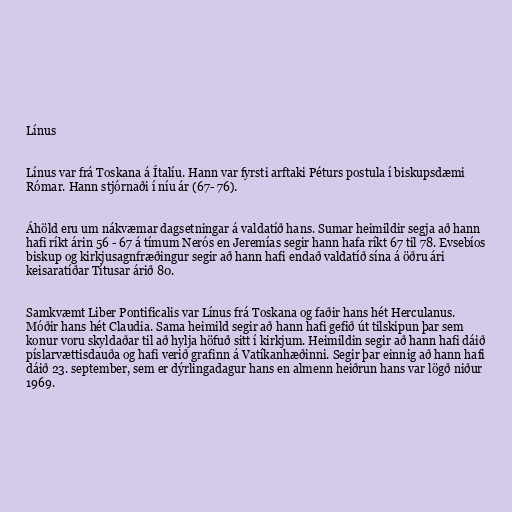
Línus

Línus var frá Toskana á Ítalíu. Hann var fyrsti arftaki Péturs postula í biskupsdæmi
Rómar. Hann stjórnaði í níu ár (67- 76).

Áhöld eru um nákvæmar dagsetningar á valdatíð hans. Sumar heimildir segja að hann
hafi ríkt árin 56 - 67 á tímum Nerós en Jeremías segir hann hafa ríkt 67 til 78. Evsebíos
biskup og kirkjusagnfræðingur segir að hann hafi endað valdatíð sína á öðru ári
keisaratíðar Títusar árið 80.

Samkvæmt Liber Pontificalis var Línus frá Toskana og faðir hans hét Herculanus.
Móðir hans hét Claudia. Sama heimild segir að hann hafi gefið út tilskipun þar sem
konur voru skyldaðar til að hylja höfuð sitt í kirkjum. Heimildin segir að hann hafi dáið
píslarvættisdauða og hafi verið grafinn á Vatíkanhæðinni. Segir þar einnig að hann hafi
dáið 23. september, sem er dýrlingadagur hans en almenn heiðrun hans var lögð niður
1969.